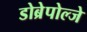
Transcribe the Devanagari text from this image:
डोब्रेपोल्जे